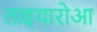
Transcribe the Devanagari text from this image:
ताइयारोआ